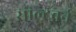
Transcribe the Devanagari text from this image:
साल्टबर्न